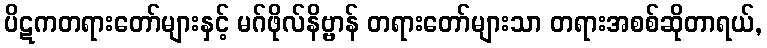
ပိဋကတရားတော်များနှင့် မဂ်ဖိုလ်နိဗ္ဗာန် တရားတော်များသာ တရားအစစ်ဆိုတာရယ်,